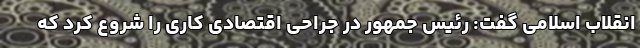
انقلاب اسلامی گفت: رئیس جمهور در جراحی اقتصادی کاری را شروع کرد که